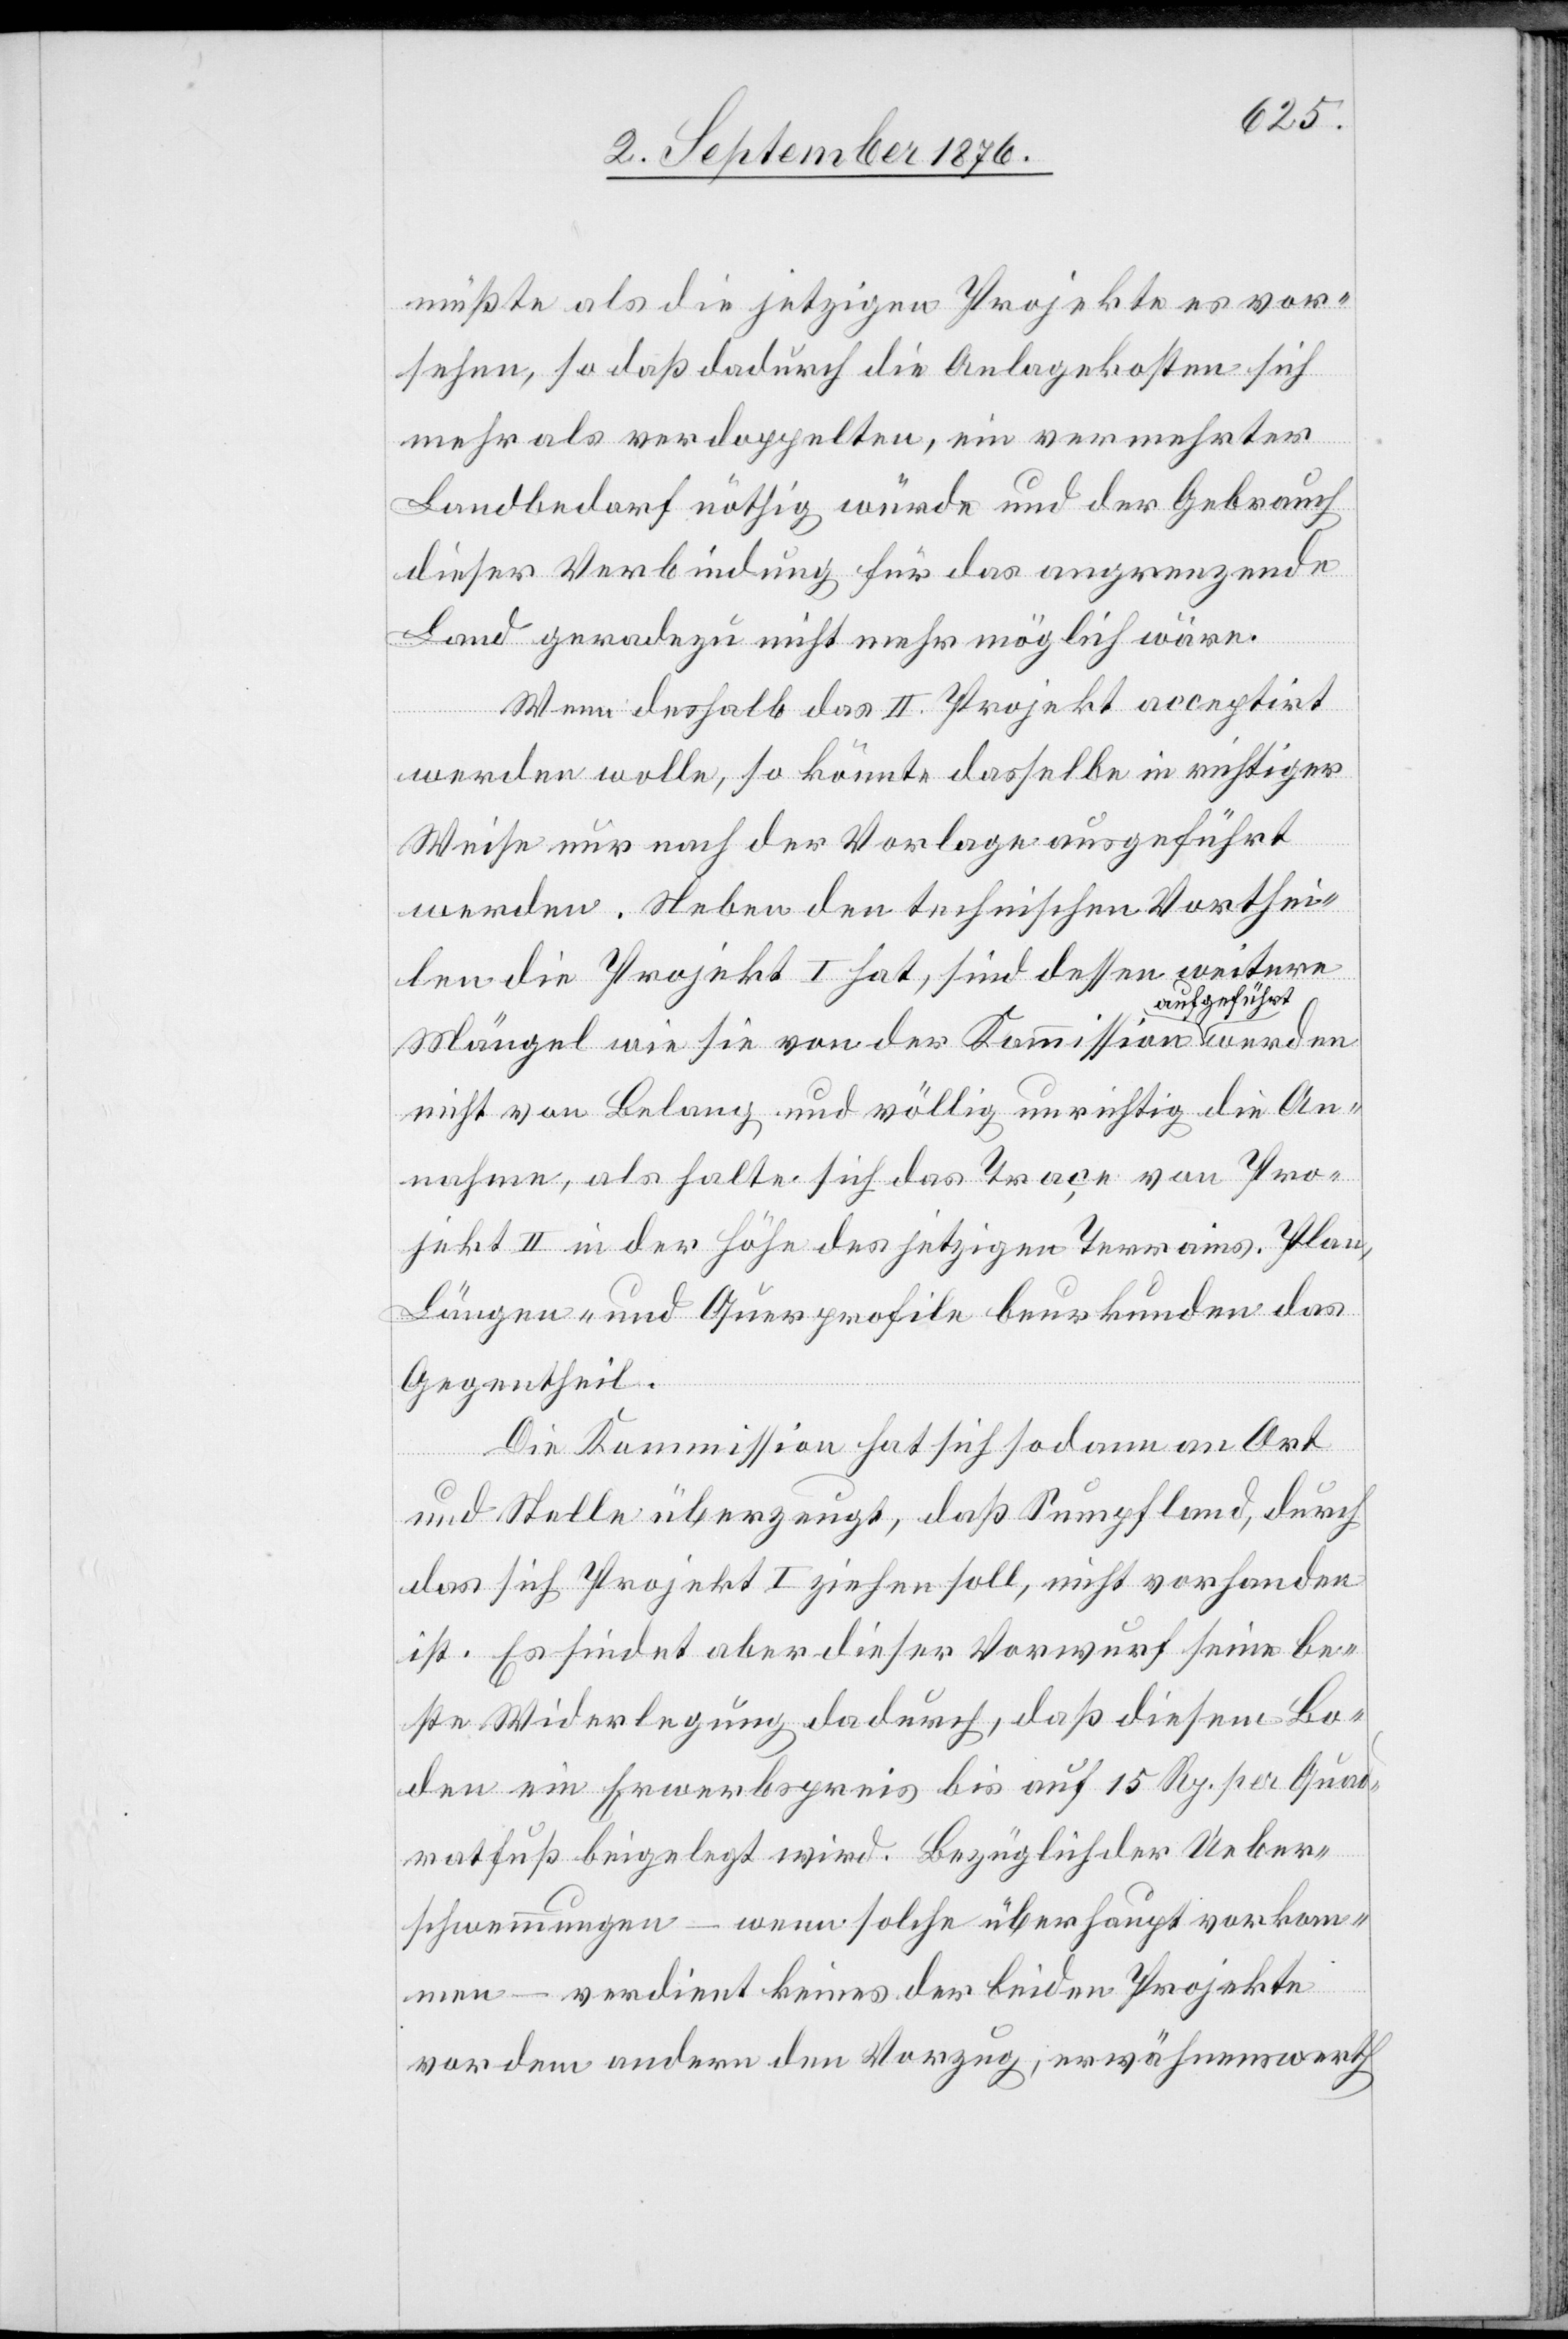
müßte als die jetzigen Projekte es vor¬
sehen, so daß dadurch die Anlagekosten sich
mehr als verdoppeln, ein vermehrter
Landbedarf nöthig würde und der Gebrauch
dieser Verbindung für das angrenzende
Land geradezu nicht mehr möglich wäre.
Wenn deshalb das II. Projekt acceptirt
werden wolle, so könnte dasselbe in richtiger
Weise nur nach der Vorlage ausgeführt
werden. Neben den technischen Vorthei¬
len die Projekt I hat, sind dessen weitere
aufgeführt
Mängel wie sie von der Kommission a
nicht von Belang und völlig unrichtig die An¬
nahme, als halte sich das Trace von Pro¬
jekt II in der Höhe des jetzigen Terrains. Plan,
Längen- und Querprofile beurkunden das
Gegentheil.
Die Kommission hat sich sodann an Ort
und Stelle überzeugt, daß Sumpfland, durch
das sich Projekt I ziehen soll, nicht vorhanden
ist. Es findet aber dieser Vorwurf seine be¬
ste Widerlegung dadurch, daß diesem Bo¬
den ein Erwerbspreis bis auf 15 Fr. per Quad¬
ratfuß beigelegt wird. Bezüglich der Ueber¬
schwemmungen – wenn solche überhaupt vorkom¬
men – verdient keines der beiden Projekte
vor dem andern den Vorzug, erwähnenswerth